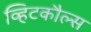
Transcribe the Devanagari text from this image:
व्हिटकौल्स